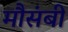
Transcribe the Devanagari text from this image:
मौसंबी